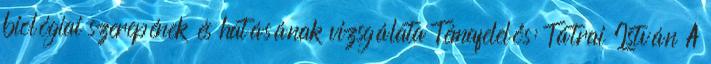
biológiai szerepének és hatásának vizsgálata Témafelelős: Tátrai István A